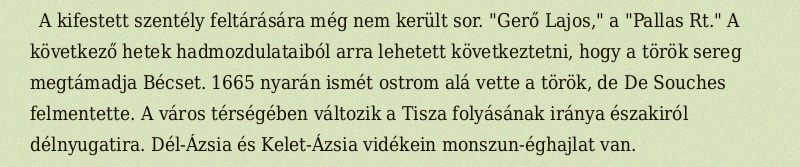
A kifestett szentély feltárására még nem került sor. "Gerő Lajos," a "Pallas Rt." A következő hetek hadmozdulataiból arra lehetett következtetni, hogy a török sereg megtámadja Bécset. 1665 nyarán ismét ostrom alá vette a török, de De Souches felmentette. A város térségében változik a Tisza folyásának iránya északiról délnyugatira. Dél-Ázsia és Kelet-Ázsia vidékein monszun-éghajlat van.